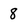
Character: 8